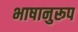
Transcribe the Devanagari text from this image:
भाषानुरूप